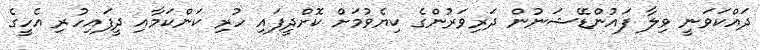
ދައްކަވަނީ ވިލާ ފައުންޑޭޝަނުން ދަރިވަރުންގެ ކިޔެވުމަށް ކޮށްދީފައި ހުރި ކަންކަމާއި ދީފައިހުރި އެހީގެ